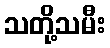
သတို့သမီး